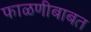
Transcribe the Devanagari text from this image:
फाळणीबाबत